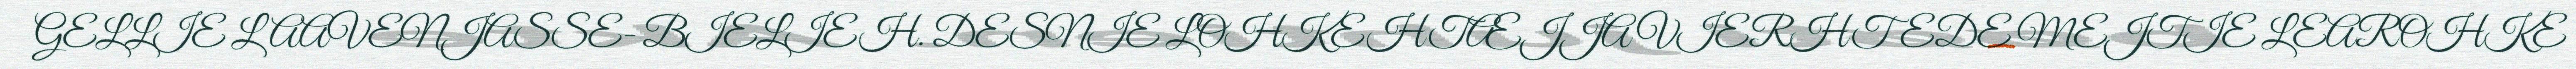
GELLIE LAAVENJASSE- BIELIEH. DESNIE LOHKEHTÆJJA VIERHTEDE MEJTIE LEAROHKE